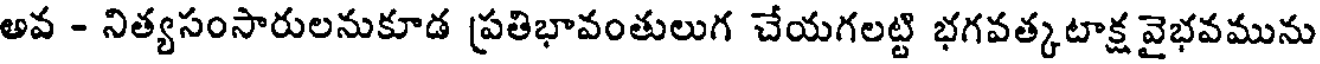
అవ - నిత్యసంసారులనుకూడ ప్రతిభావంతులుగ చేయగలట్టి భగవత్కటాక్ష వైభవమును